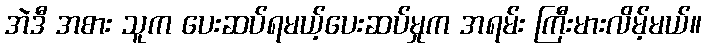
အဲဒီ အစား သူက ပေးဆပ်ရမယ့်ပေးဆပ်မှုက အရမ်း ကြီးမားလိမ့်မယ်။